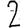
Digit: 2